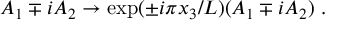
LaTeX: A _ { 1 } \mp i A _ { 2 } \to \exp ( \pm i \pi x _ { 3 } / L ) ( A _ { 1 } \mp i A _ { 2 } ) \ .